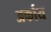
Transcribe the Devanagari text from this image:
अर्काय